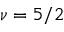
\nu = 5 / 2